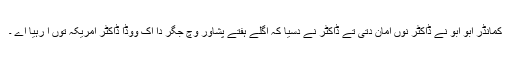
کمانڈر ابو ابو نے ڈاکٹر نوں امان دتی تے ڈاکٹر نے دسیا کہ اگلے ہفتے پشاور وچ جگر دا اک ووڈا ڈاکٹر امریکہ توں آ رہیا اے ۔